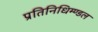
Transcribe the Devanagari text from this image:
प्रतिनिधिम्ण्डल